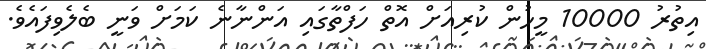
އިތުރު 10000 މީހުން ކުރިއަށް އޮތް ހަފްތާގައި އަންނާނެ ކަމަށް ވަނީ ބެލެވިފައެވެ.